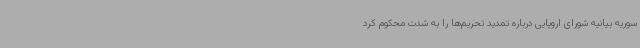
سوریه بیانیه شورای اروپایی درباره تمدید تحریم‌ها را به شدت محکوم کرد